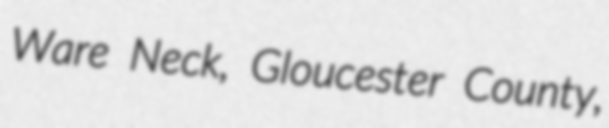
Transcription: Ware Neck, Gloucester County,